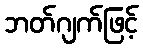
ဘတ်ဂျက်ဖြင့်